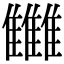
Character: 雦